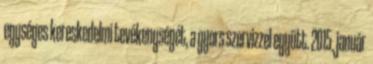
egységes kereskedelmi tevékenységét, a gyors szervizzel együtt. 2015. január